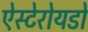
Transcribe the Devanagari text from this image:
ऐस्टेरोयडों